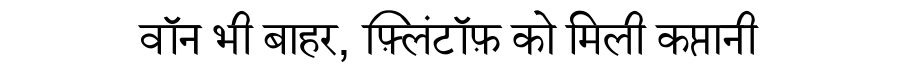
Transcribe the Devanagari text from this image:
वॉन भी बाहर, फ़्लिंटॉफ़ को मिली कप्तानी